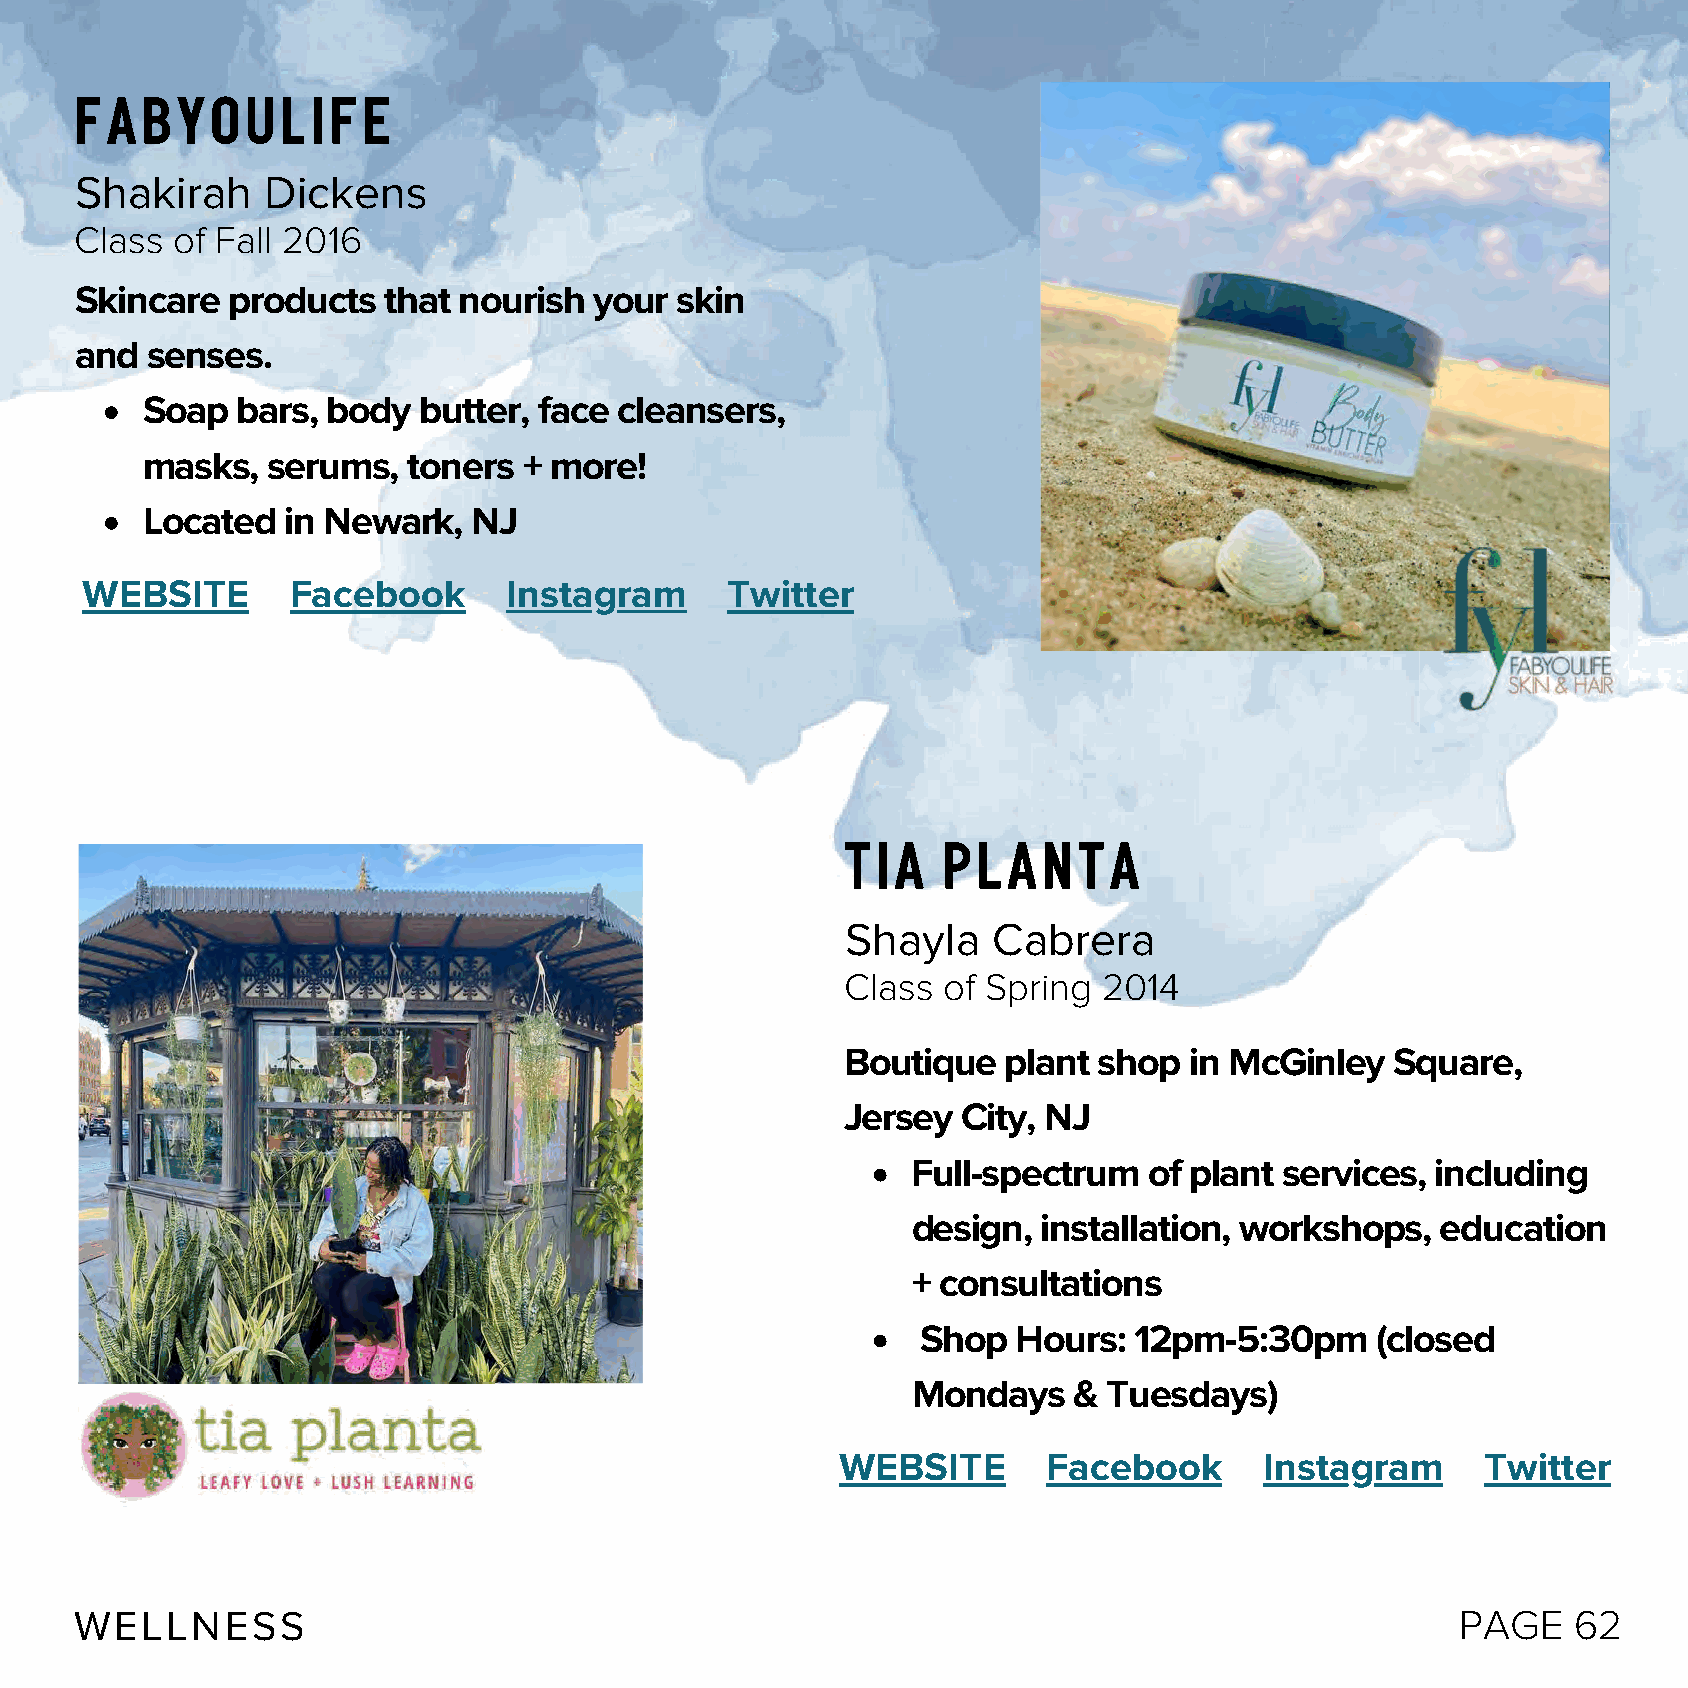
FABYOULIFE
 Shakirah    Dickens
 Class of Fall 2016
 Skincare  products  that nourish  your  skin
 and  senses.
 Soap   bars, body  butter, face cleansers,
 masks,   serums,  toners  + more!
 Located   in Newark,  NJ
 WEBSITE       Facebook       Instagram     Twitter
 Tia   Planta
 Shayla    Cabrera
 Class of Spring  2014
 Boutique   plant shop  in McGinley  Square,
 Jersey  City, NJ
 Full-spectrum   of plant services, including
 design,  installation, workshops,  education
 + consultations
 Shop  Hours:  12pm-5:30pm     (closed
 Mondays    & Tuesdays)
 WEBSITE      Facebook       Instagram     Twitter
 WELLNESS                                                                                    PAGE   62